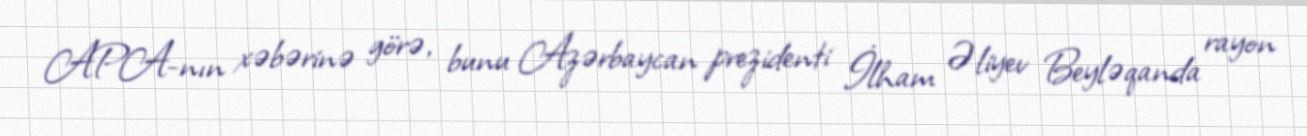
APA-nın xəbərinə görə, bunu Azərbaycan prezidenti İlham Əliyev Beyləqanda rayon